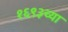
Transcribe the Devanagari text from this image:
१६९३च्या